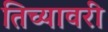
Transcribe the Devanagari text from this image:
तिच्यावरी